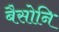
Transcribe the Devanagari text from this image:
बैसोनि